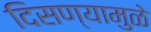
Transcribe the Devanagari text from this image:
दिसण्यामुळे